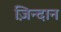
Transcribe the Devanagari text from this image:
ज़िन्दान